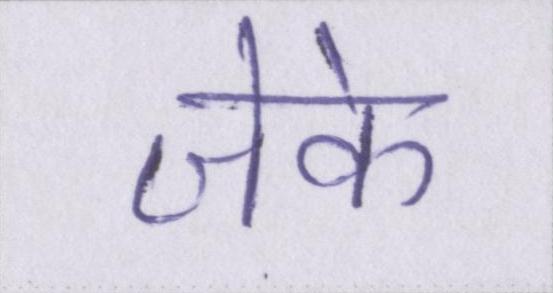
जेके